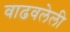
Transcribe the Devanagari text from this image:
वाढवलेली